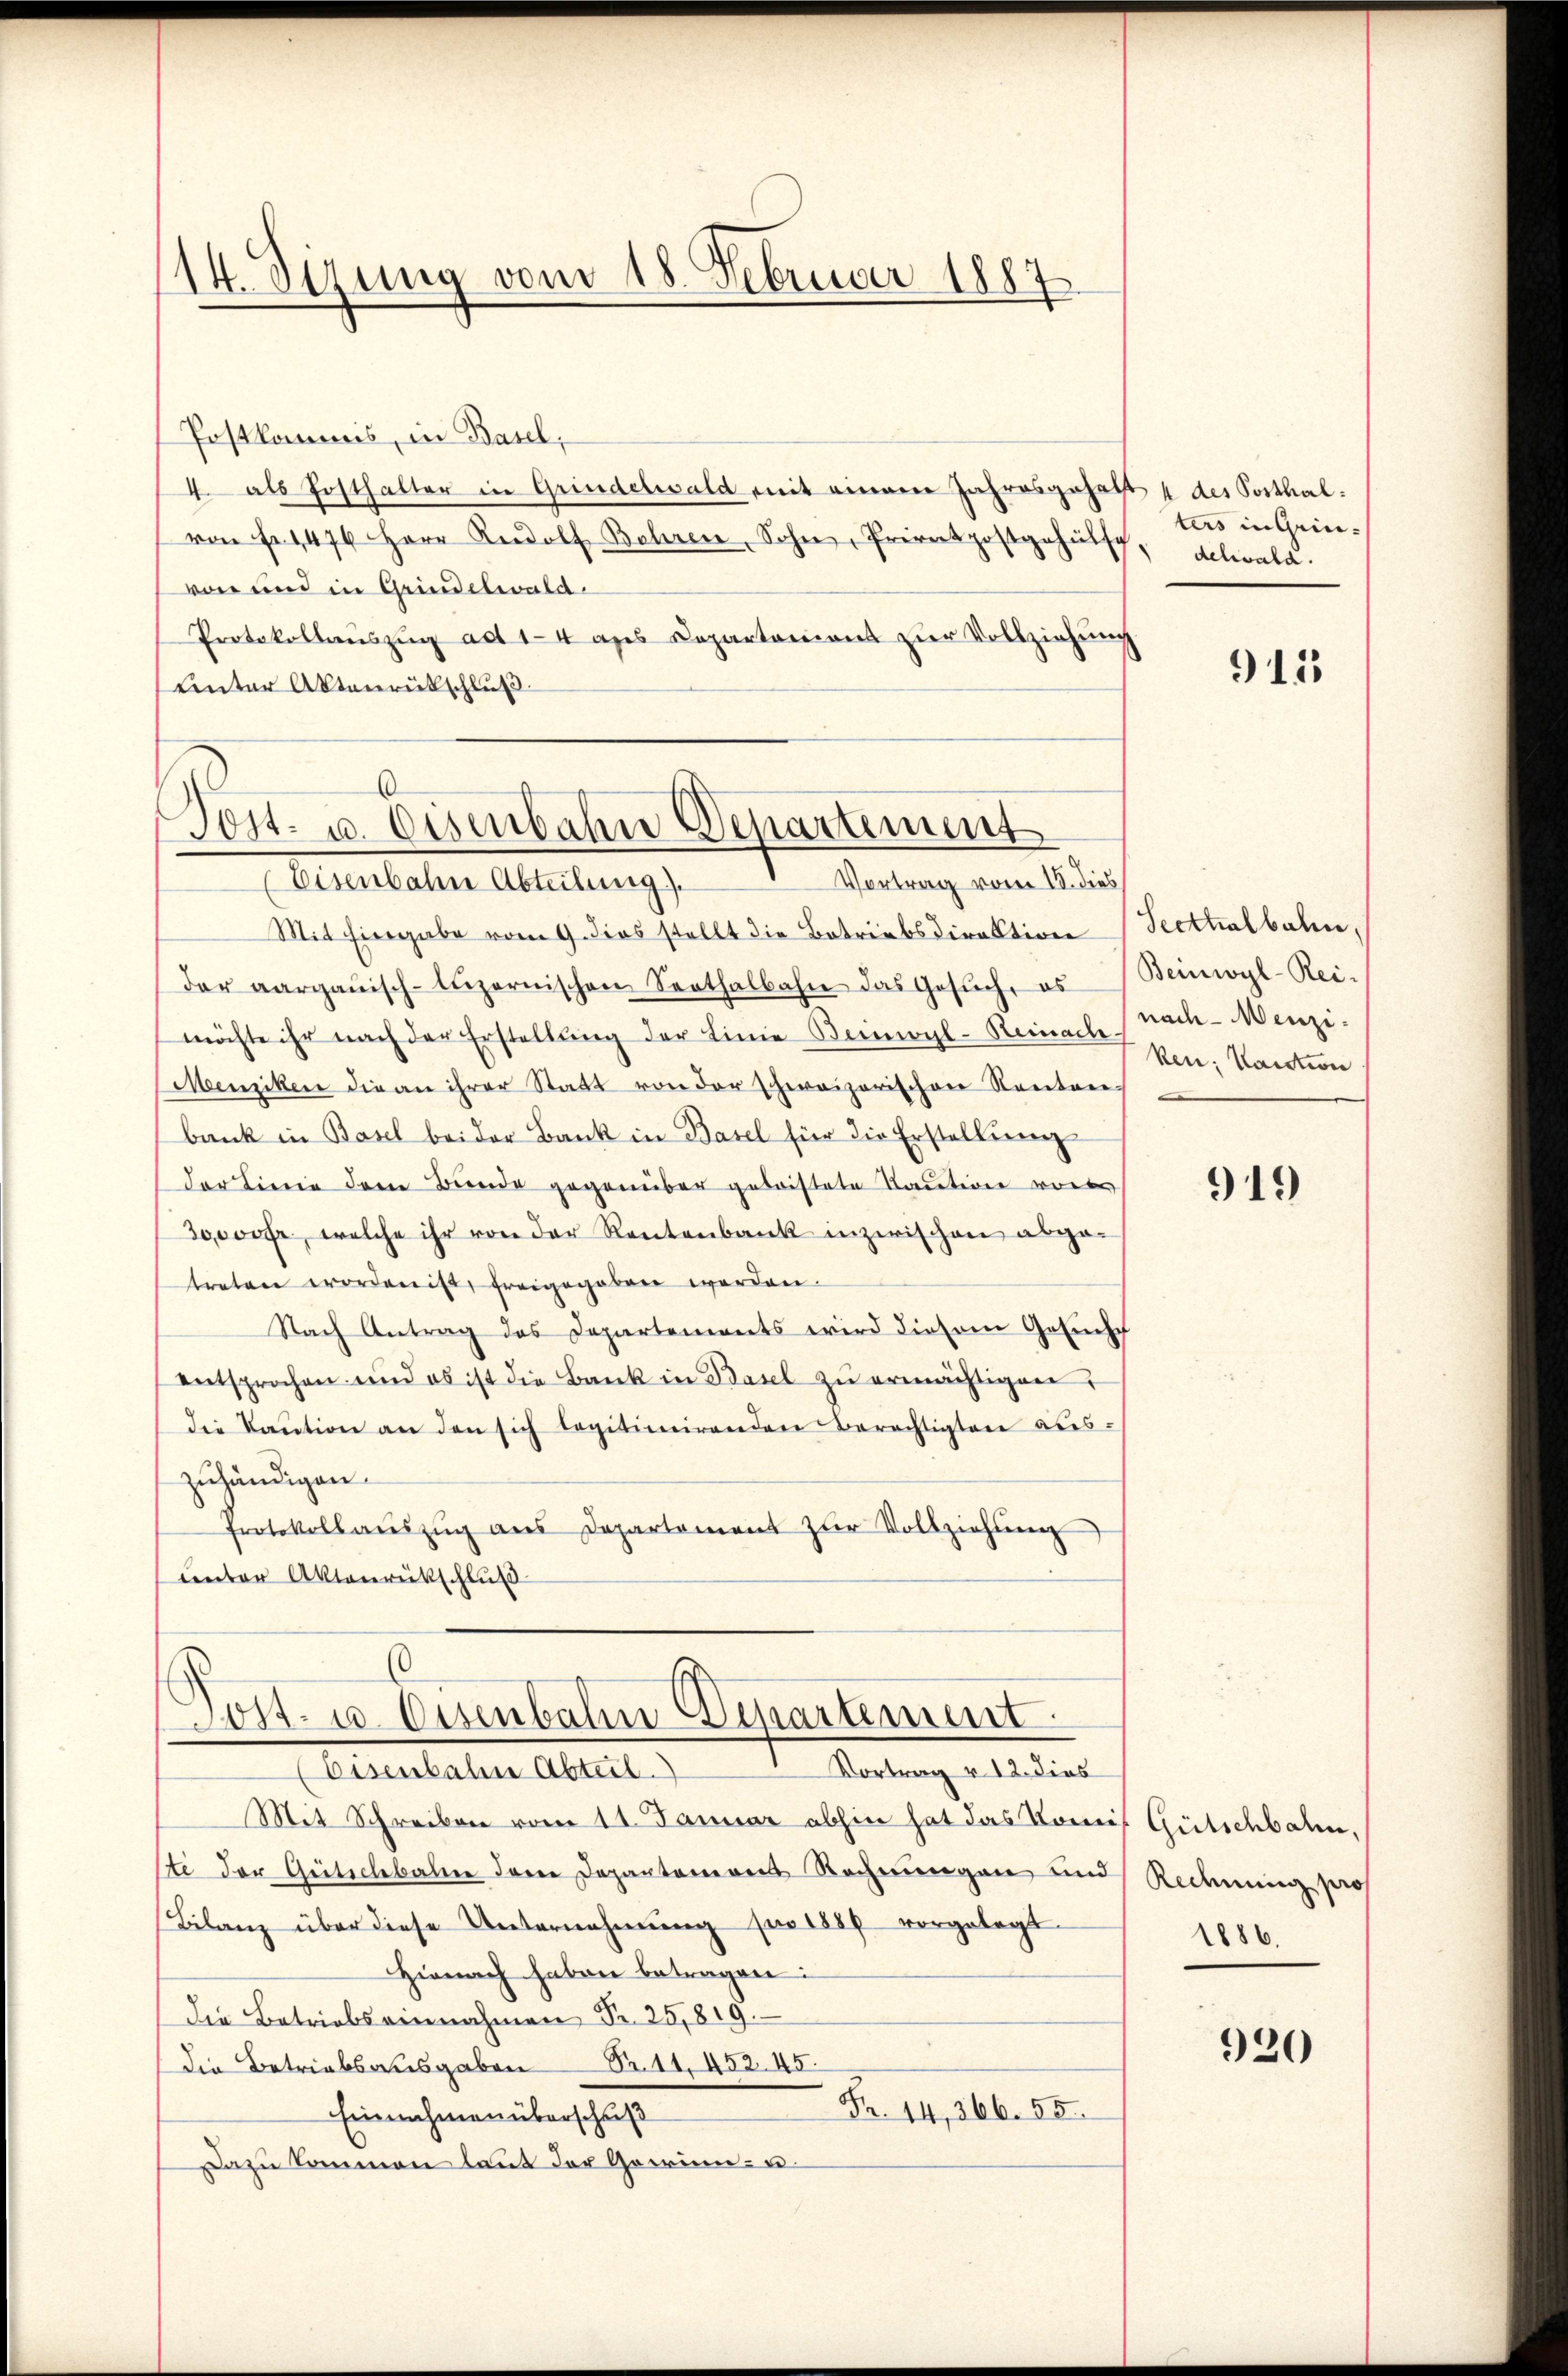
14. Sizung vom 18. Februar 1887

Postkommis, in Basel,
4. als Posthalter in Grindelwald mit einem Jahresgehalt 4 des Posthal.
von Fr. 1476 Herr Rudolf Bohren, Sohne, Privatpostgehülsch, delwald.
von und in Grindelwald.
Protokollaŭszŭg ad 14 aus Departement zur Vollziehung
Unter Aktenrütschluß

6
Post- u. Eisenbahn Departement
Vortrag vom 18. dies
Eisenbahn Abteilung

Mit hiergabe vom 9. dies stellt die Betriebsdirektion
der aargauisch-luzernischen Senthalbahn das Gesŭch, es
möchte ihr nach der Erstellung der Linie Beimvyl-Reinach nach Menzi¬
Menziken die an ihrer Statt von der schweizerischen Kenten-
bank in Basel beider Bank in Basel für die Erstellŭng
der Linie dem Bunde gegenüber geleistete Taution von
30,000 fr, welche ihr von der Rentenbank inzwischen abge-
treten worden ist, freigegeben werden.
Nach Antrag des Departements wird diesem Gesuche
entsprochen und es ist die Bank in Basel zu ermächtigen,
die Kaŭtion an den sich legitimirenden Berechtigten aus-
zuhändigen.
Protokollaŭszŭg aŭs Departement zŭr Vollziehŭng
unter Aktenrückschluß

0
Dost- u. Eisenbahn Departement.

Vortrag v. 12. dies
Eisenbahre Abteil.
Mit Schreiben vom 11. Januar abhin hat das Komit Gütschbahn,
sti der Gütschbale der Departemons Rechnungen und Rechnung pro
Bilanz über diese Unternehmung für 1888 vorgelegt.
Hienach haben betragen:
die Betriebs einnahmen Fr. 25,819.
die Betriebsausgaben S. 11. 452. 45
Fr. 14, 266. 55.
Einnahmen überschuß
Dazu kommen laut der Gewinn- u.

ters in Grin-

915

Seettialbahn,
Beinwyl-Reiken: Kaution

919

1886.

920